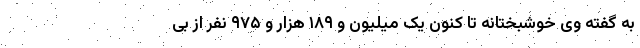
به گفته وی خوشبختانه تا کنون یک میلیون و ۱۸۹ هزار و ۹۷۵ نفر از بی